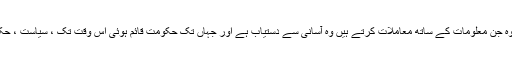
اس معاملے میں ، ایک ماہر سیاسیات کا کام بہت آسان ہے کیونکہ وہ جن معلومات کے ساتھ معاملات کرتے ہیں وہ آسانی سے دستیاب ہے اور جہاں تک حکومت قائم ہوئی اس وقت تک ، سیاست ، حکمرانی اور وسائل کی تقسیم پر لوگوں کی رائے ہمیشہ ہی رہتی ہے۔